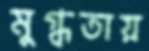
মুগ্ধতায়